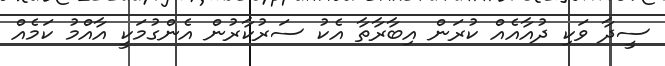
ސީދާ ވަކި ދުއާއެއް ކުރަން އިބާރާތާ އެކު ސަރުކާރުން އެންގުމަކީ އާއްމު ކަމެއް